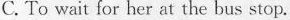
C.To wait for her at the bus stop.